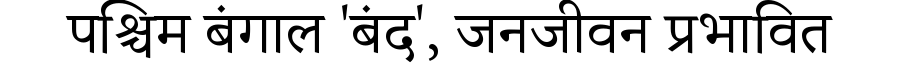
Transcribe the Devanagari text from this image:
पश्चिम बंगाल 'बंद', जनजीवन प्रभावित